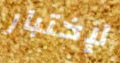
لإختبار